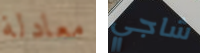
معادلة شاجي